NAE_ERA_R-1950_Eesti_Ajakirjanike_Liit, lk 11
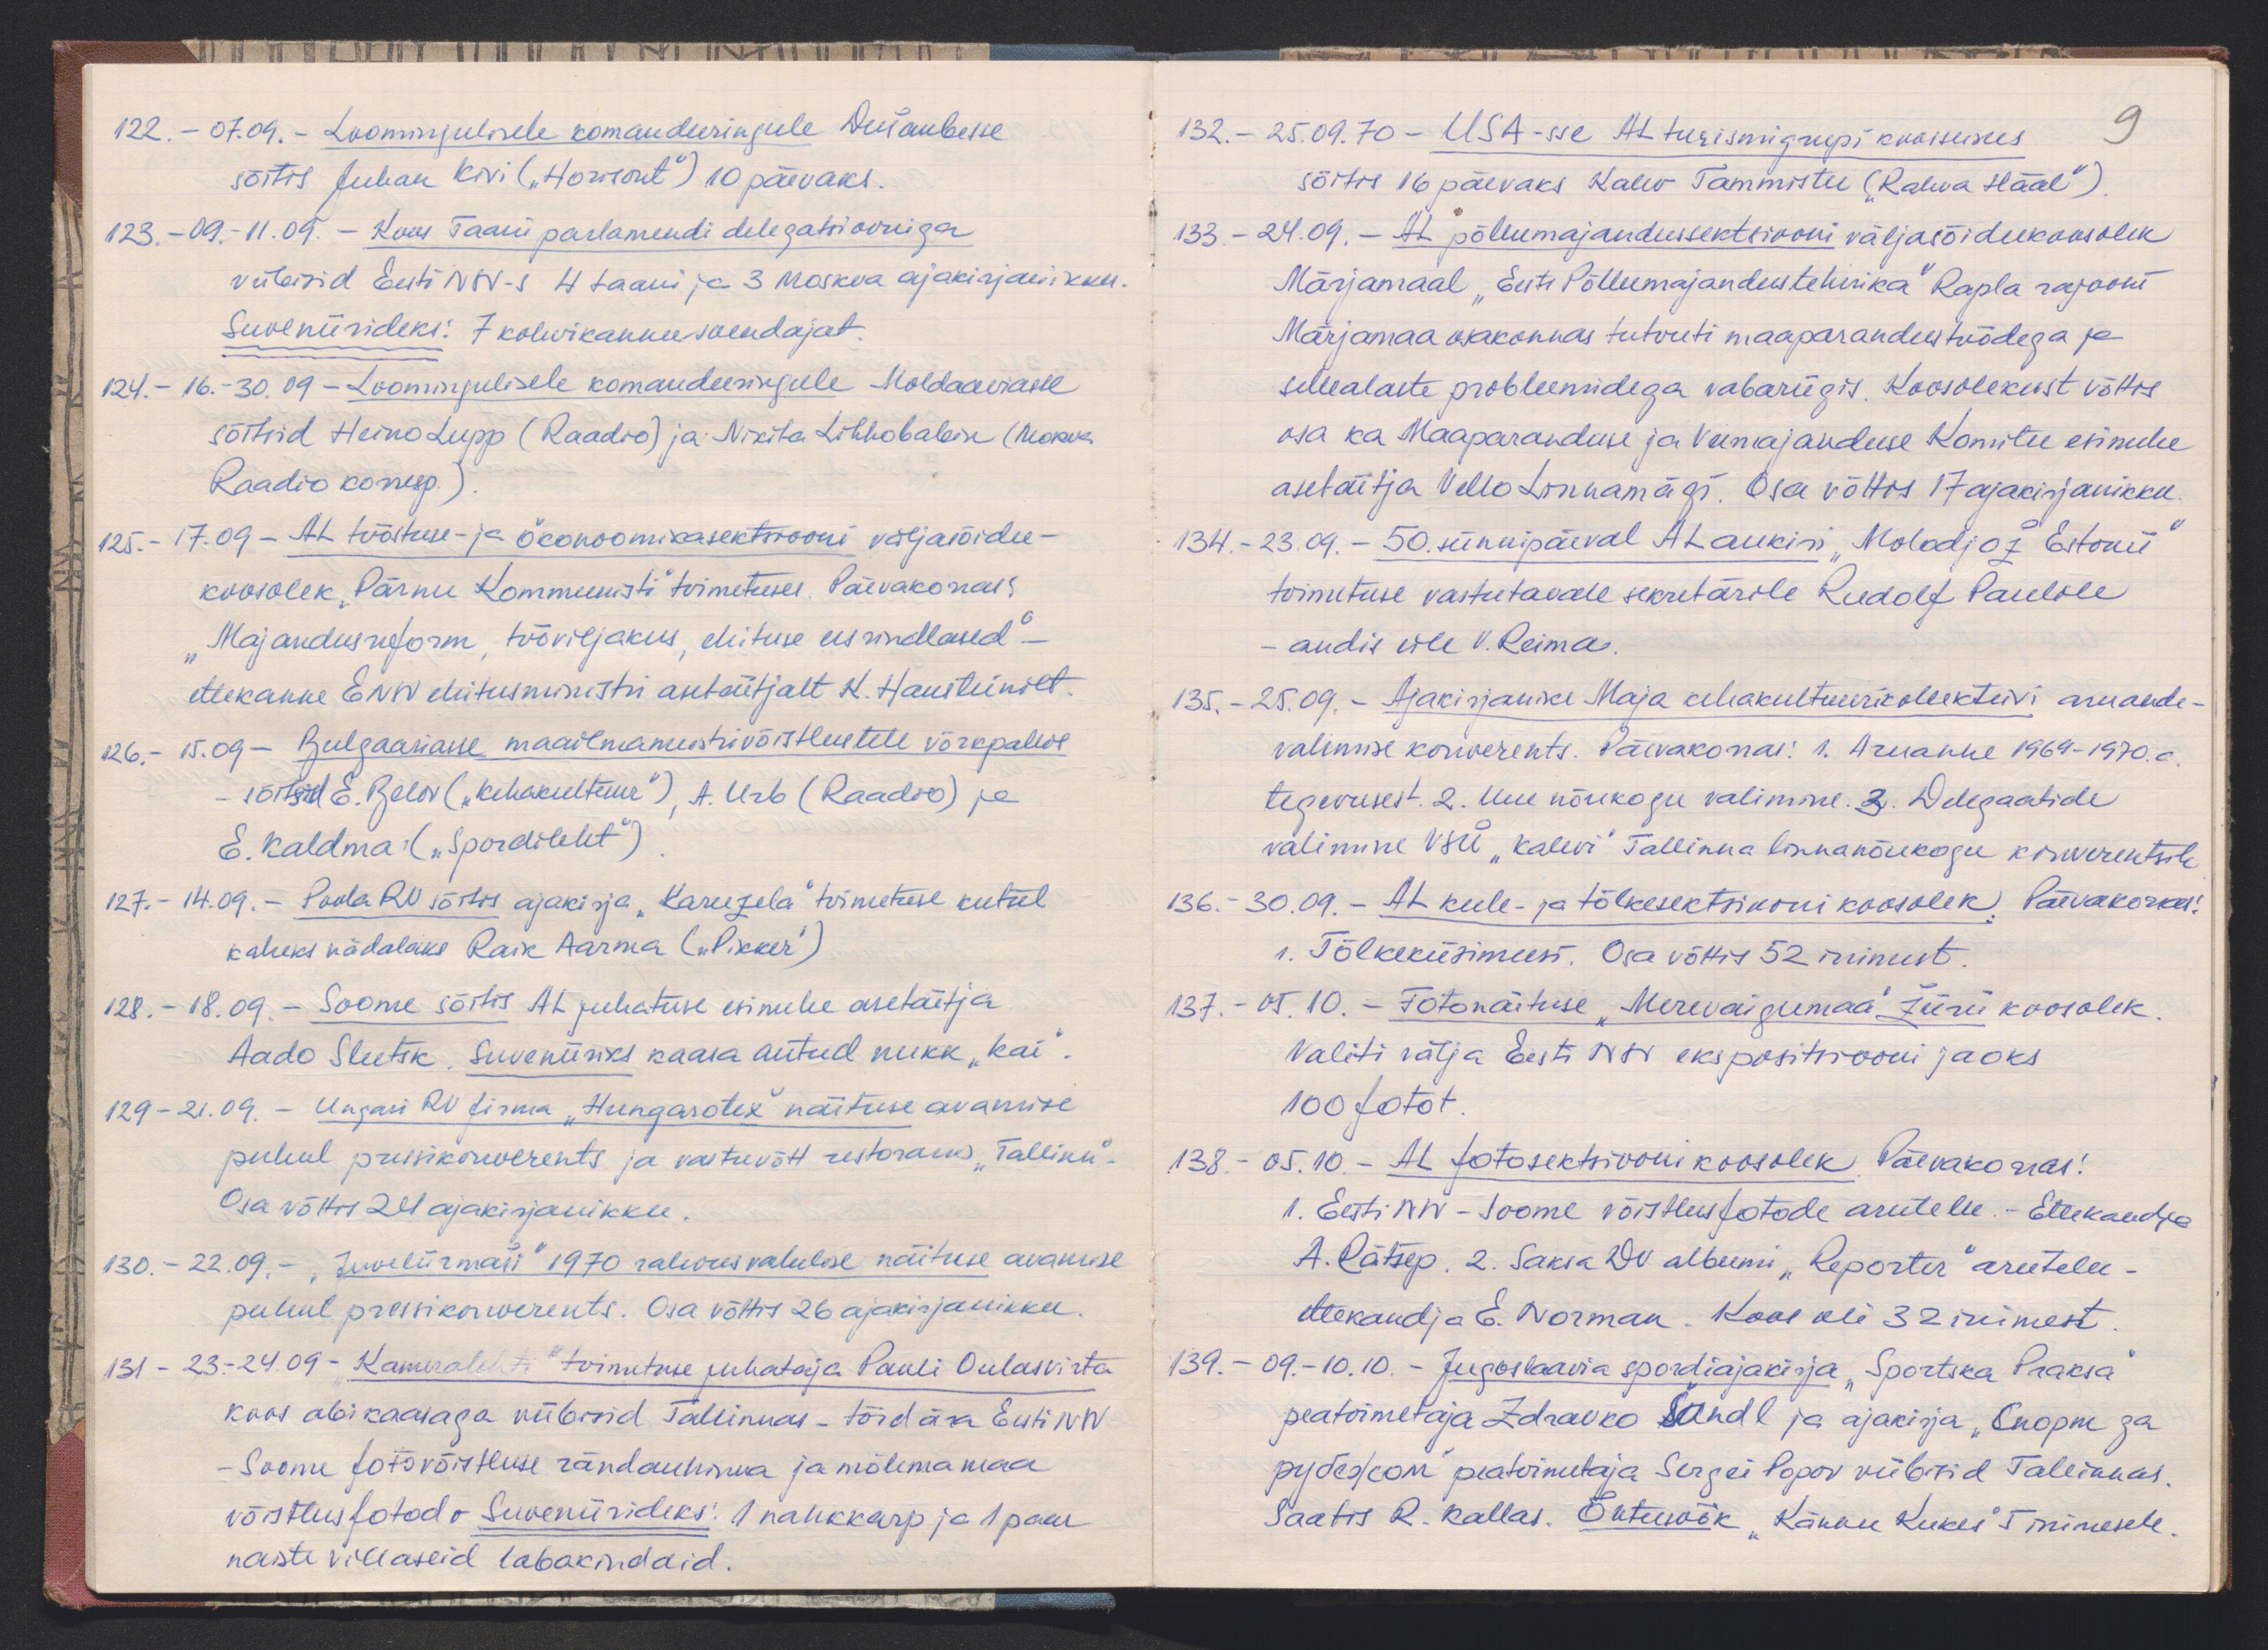
122. - 07.09. - Loomingulisele komandeeringule Dušambesse
sõitis Juhan Kivi ("Horisont") 10 päevaks.
123. - 09.11.09. - Koos Taani parlamendi delegatsiooniga
viibisid Eesti NSV-s 4 taani ja 3 Moskva ajakirjanikku.
Suveniirideks: 7 kohvikannu-soendajat.
124. - 16.-30.09 - Loomingulisele komandeeringule Moldaaviasse
sõitsid Heino Lupp (Raadio) ja Nikita Lihhobabin (Moskva
Raadio koresp).
125. - 17.09 - AL tööstuse- ja ökonoomikasektsiooni väljasõidu-
koosolek "Pärnu Kommunisti" toimetuses. Päevakorras:
"Majandusreform, tööviljakus, ehituse eesrindlased" –
ettekanne ENSV ehitusministri asetäitjalt K. Hausteinilt.
126. - 15.09 - Bulgaariasse maailmameistrivõistlustele võrkpallis
sõitsid E. Belov ("Kehakultuur"), A. Urb (Raadio) ja
E. Kaldma ("Spordileht")
127. - 14.09. - Poola RN sõitis ajakirja "Karuzela" toimetuse kutsel
kaheks nädalaks Raik Aarma ("Pikker")
128. - 18.09 - Soome sõitis AL juhatuse esimehe asetäitja
Aado Slutsk, Suveniiriks kaasa antud nukk "Kai".
129 - 21.09. - Ungari RV firma, "Hungarotex" näituse avamise
puhul pressikonverents ja vastuvõtt restoranis "Tallinn".
Osa võttis 21 ajakirjanikki.
130. - 22.09. - "Juveliirmaši" 1970 rahvusvahelise näituse avamise
puhul pressikonverents. Osa võttis 26 ajakirjanikku.
131 - 23.24.09 - "Kameralehti" toimetuse juhataja Pauli Oulasvirta
koos abikaasaga viibisid Tallinnas - tõid ära Eesti NSV
Soome fotovõistluse rändauhinna ja mõlema maa
võistlusfotod. Suveniirideks: 1 nahkkarp ja 1 paar
naiste villaseid labakindaid.

132. - 25.09.70 - USA-sse AL turismigrupi koosseisus
9
sõitis 16 päevaks Kalev Tammistu ("Rahva Hääl")
133. - 24.09. - AL põllumajandussektsiooni väljasõidukoosolek
Märjamaal "Eesti Põllumajandustehnika" Rapla rajooni
Märjamaa osakonnas tutvuti maaparandustöödega ja
sellealaste probleemidega vabariigis. Koosolekust võttis
osa ka Maaparanduse ja Veemajanduse Komitee esimehe
asetäitja Vello Linnamägi. Osa võttis 17 ajakirjanikku.
134. - 23.09. - 50. sünnipäeval AL aukiri "Molodjož Estonii"
toimetuse vastutavale sekretärile Rudolf Paulile
andis üle V. Reima.
135. - 25.09. - Ajakirjanike Maja kehakultuurikollektiivi aruande-
valimise konverents. Päevakorras. 1. Aruanne 1969-1970. a.
tegevusest. 2. Uue nõukogu valimine. 3. Delegaatide
valimine VSÜ "Kalevi" Tallinna linnanõukogu konverentsile
136. 30.09. - AL keele- ja tõlkesektsiooni koosolek. Päevakorras:
1. Tõlkeküsimusi. Osa võttis 52 inimest.
137. - 05.10. - Fotonäituse "Merevaigumaa" žürii koosolek.
Valiti välja Eesti NSV ekspositsiooni jaoks
100 fotot
138 - 05.10. - AL fotosektsiooni koosolek Päevakorras:
1. Eesti NSV - Soome võistlusfotode arutelu. Ettekandja
A. Rätsep. 2. Saksa DV albumi "Reporter" arutelu -
ettekandja E. Norman. Koos oli 32 inimest
139. - 09.-10.10. - Jugoslaavia spordiajakirja "Sportska Praksa"
peatoimetaja Zdravko Šandl ja ajakirja "Cnopm za
ружетсой" peatoimetaja Sergei Popov viibisid Tallinnas.
Saatis R. Kallas. Õhtusöök "Kännu Kukes" 5 inimesele.